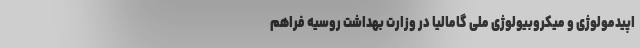
اپیدمولوژی و میکروبیولوژی ملی گامالیا در وزارت بهداشت روسیه فراهم